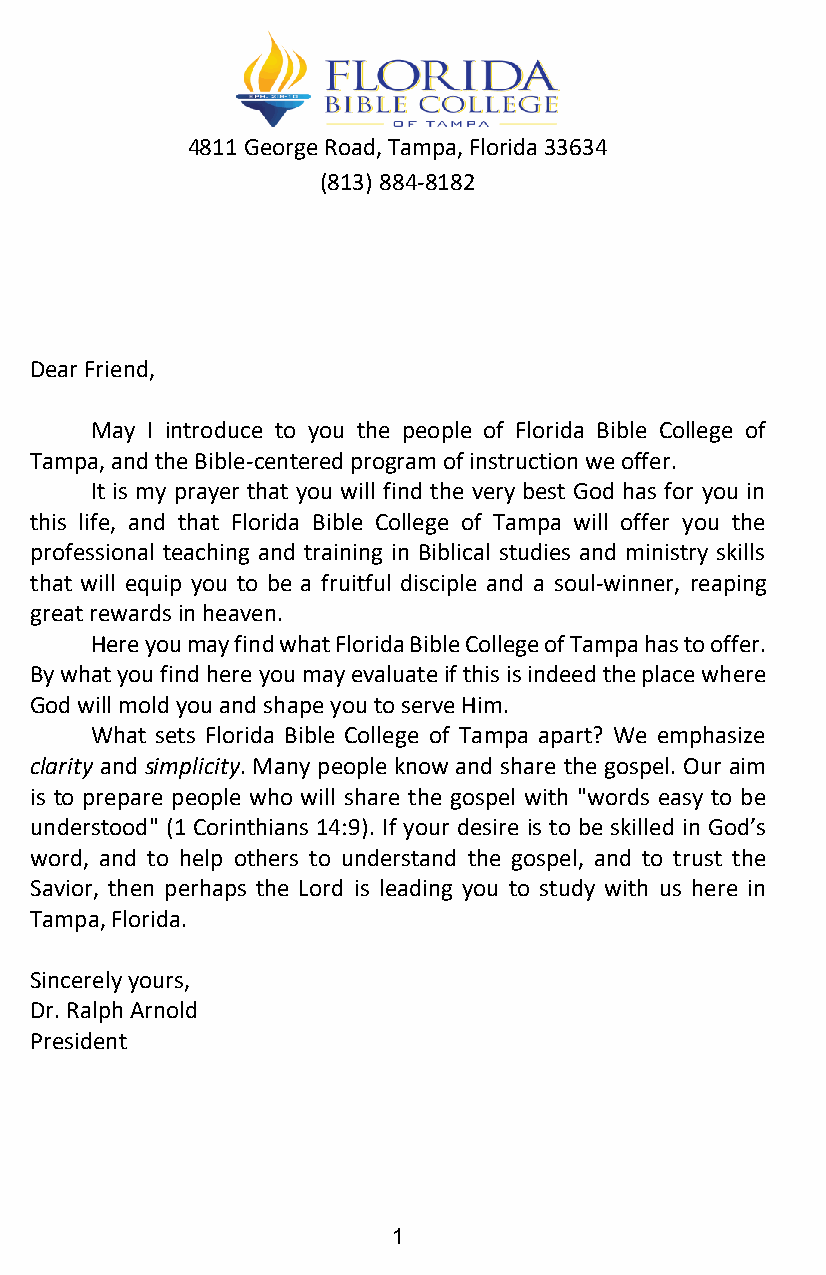
4811 George Road, Tampa, Florida 33634
 (813) 884-8182
 Dear Friend,
 May I introduce to you the people of Florida Bible College of
 Tampa, and the Bible-centered program of instruction we offer.
 It is my prayer that you will find the very best God has for you in
 this life, and that Florida Bible College of Tampa will offer you the
 professional teaching and training in Biblical studies and ministry skills
 that will equip you to be a fruitful disciple and a soul-winner, reaping
 great rewards in heaven.
 Here you may find what Florida Bible College of Tampa has to offer.
 By what you find here you may evaluate if this is indeed the place where
 God will mold you and shape you to serve Him.
 What sets Florida Bible College of Tampa apart? We emphasize
 clarity and simplicity. Many people know and share the gospel. Our aim
 is to prepare people who will share the gospel with "words easy to be
 understood" (1 Corinthians 14:9). If your desire is to be skilled in God’s
 word, and to help others to understand the gospel, and to trust the
 Savior, then perhaps the Lord is leading you to study with us here in
 Tampa, Florida.
 Sincerely yours,
 Dr. Ralph Arnold
 President
 1